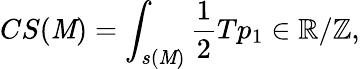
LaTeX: CS(\mathit{M})=\int_{s(\mathit{M})}{\frac{{1}}{{2}}}Tp_{1}\in\mathbb{{R}}/\mathbb{{Z}},